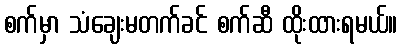
စက်မှာ သံချေးမတက်ခင် စက်ဆီ ထိုးထားရမယ်။